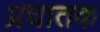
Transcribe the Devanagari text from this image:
प्रघातक